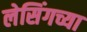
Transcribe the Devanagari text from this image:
लेसिंगच्या